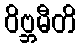
ဝိဗ္ဘမီတိ